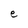
Character: e